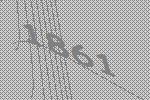
1861